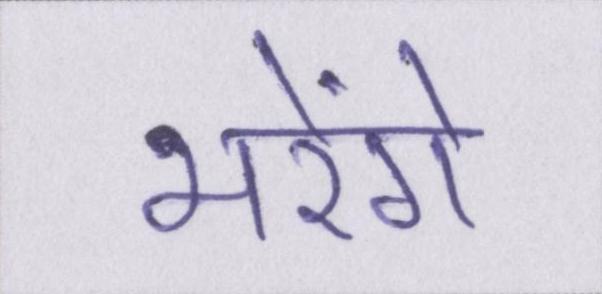
भरेंगे